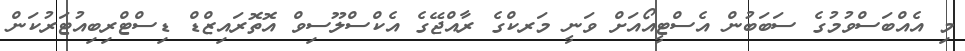
މި އެއްބަސްވުމުގެ ސަބަބުން އެސްޓީއޯއަށް ވަނީ މަރކްގެ ރާއްޖޭގެ އެކްސްލޫސިވް އޮތޮރައިޒްޑް ޑިސްޓްރިބިއުޓަރުކަން